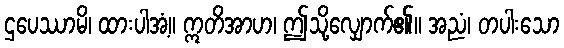
ဌပေဿာမိ၊ ထားပါအံ့။ ဣတိအာဟ၊ ဤသို့လျှောက်၏။ အညံ၊ တပါးသော